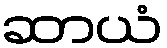
ဆာယံ